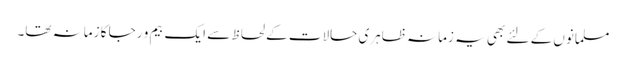
مسلمانوں کے لئے بھی یہ زمانہ ظاہری حالات کے لحاظ سے ایک بیم و رجا کا زمانہ تھا۔